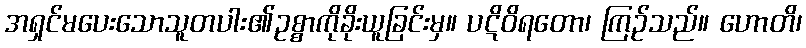
အရှင်မပေးသောသူတပါး၏ဥစ္စာကိုခိုးယူခြင်းမှ။ ပဋိဝိရတော၊ ကြဉ်သည်။ ဟောတိ၊